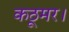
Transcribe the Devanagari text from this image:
कठूमर।